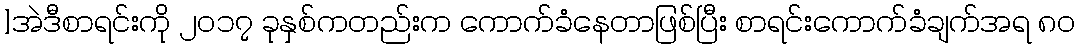
]အဲဒီစာရင်းကို ၂၀၁၇ ခုနှစ်ကတည်းက ကောက်ခံနေတာဖြစ်ပြီး စာရင်းကောက်ခံချက်အရ ၈၀